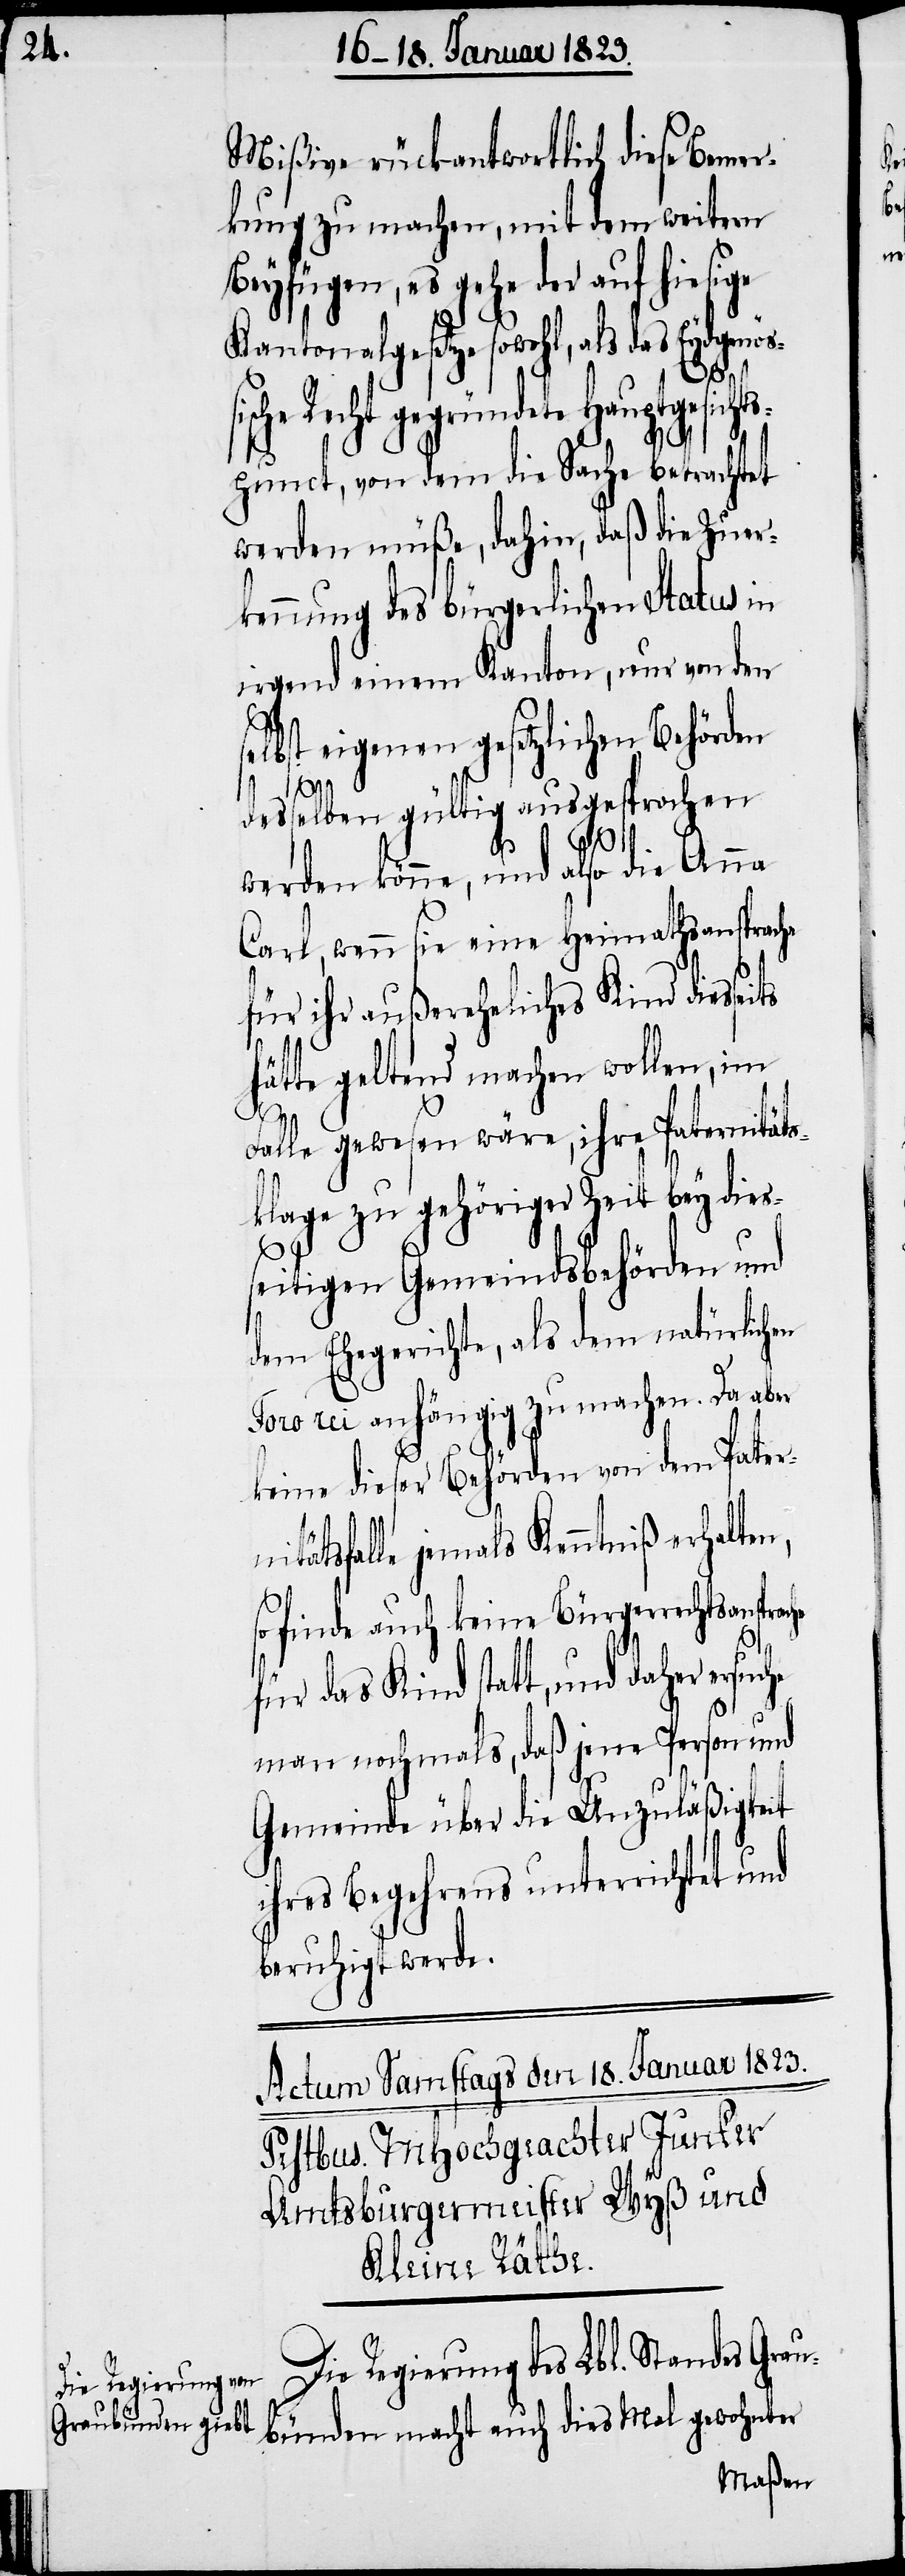
Mißive rückantwortlich diese Bemer¬
kung zu machen, mit dem weitern
Beyfügen, es gehe der auf hiesige
Kantonalgesetze sowohl, als das Eydgenö¬
ete Hauptgesichts¬
punct, von dem die Sache betrachtet
werden müße, dahin, daß die Zuerk¬
ennung des bürgerlichen Status in
irgend einem Kanton, nur von den
selbst eigenen gesetzlichen Behörden
deßelben gültig ausgesprochen
eits
werden könne, und also die Anna
Carl, wenn sie eine Heimathsansprache
für ihr außereheliches Kind diess¬
hätte geltend machen wollen, im
Falle gewesen wäre, ihre Paternitäts¬
klage zu gehöriger Zeit bey die¬
s¬
seitigen Gemeindsbehörden und
dem Ehegerichte, als dem natürlichen
Foro rei anhängig zu machen. Da aber
keine dieser Behörden von dem Patern¬
itätsfalle jemals Kenntniß erhalten,
so finde auch keine Bürgerrechtsansprache
che
für das Kind statt, und daher ersu¬
man nochmals, daß jene Person und
Gemeinde über die Unzuläßigkeit
ihres Begehrens unterrichtet und
beruhigt werde.
Die Regierung des Lbl. Standes Grau¬
bünden macht auch dies Mal gewohnter